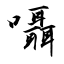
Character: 囁